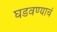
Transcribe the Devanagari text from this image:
घडवण्याचं